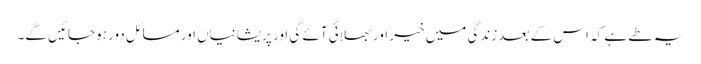
یہ طے ہے کہ اس کے بعد زندگی میں خیر اور بھلائی آئے گی اور پریشانیاں اور مسائل دور ہوجائیں گے۔